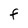
Character: F